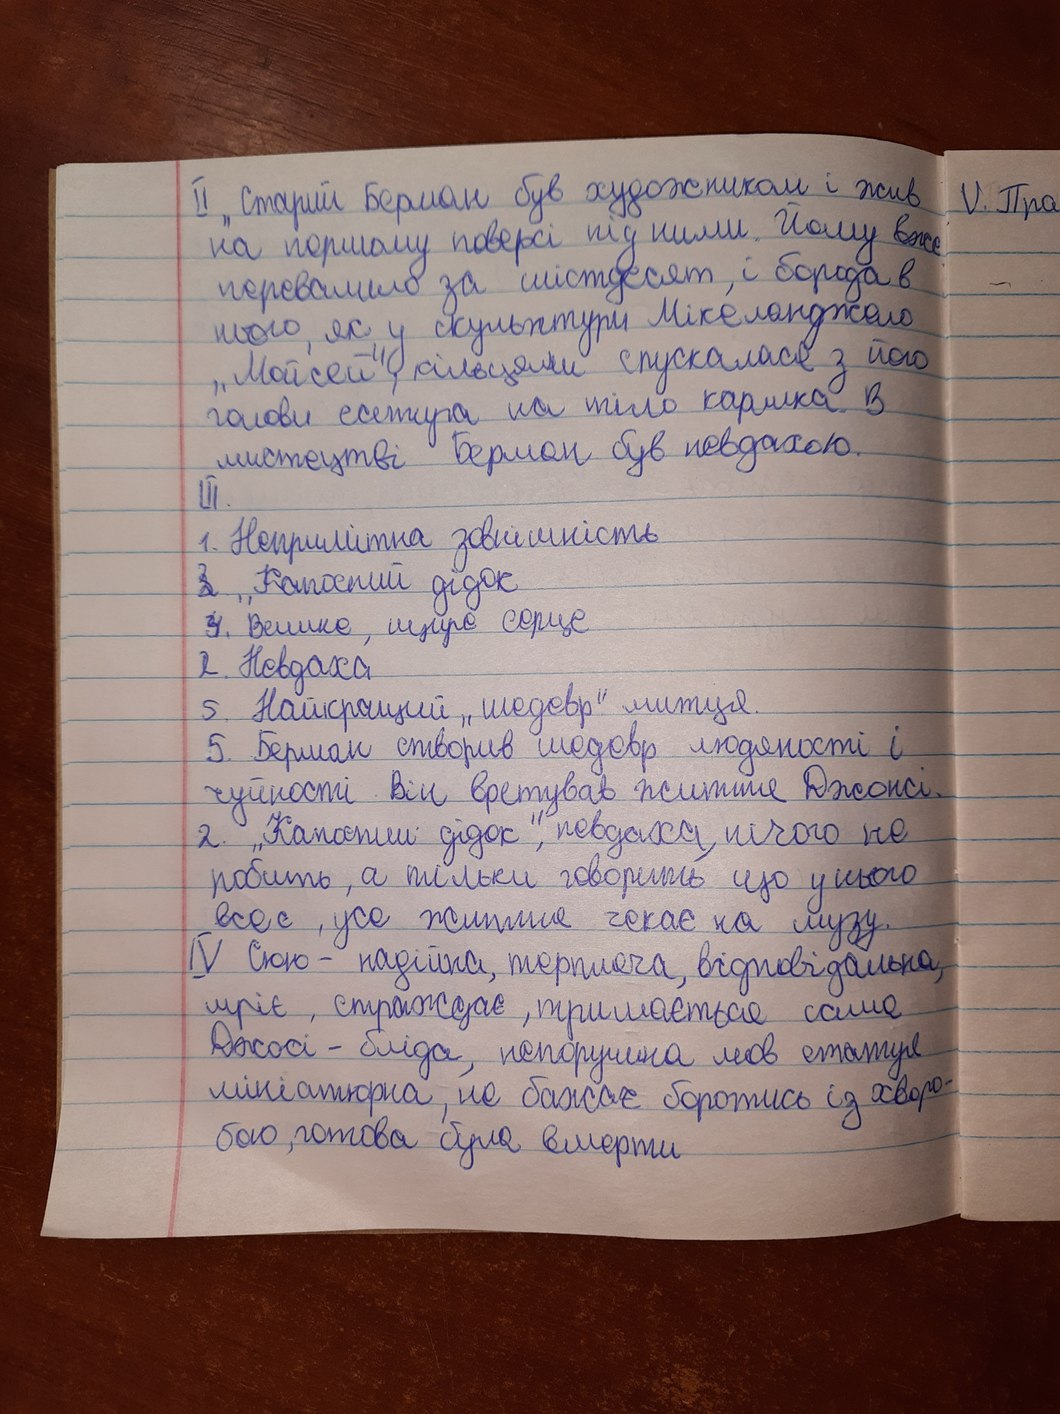
II „Старий Берман був художником і жив
IV. Пра
на першому поверсі під ними. Йому вже
перевалило за шістдесят і борода в
нього, як у скульптури Мікеланджело
"Мойсей", кільцями спусклася з його
голови есетира на тіло карлика. В
мистецтві Берман був невдахою.
III.
1. Непримітна зовнішність
~~2~~{3}. "Капосний дідок
~~3~~{4}. Велике, щире серце
я. Невдаха
5. Найкращий „шедевр“ митця.
5. Берман створив шедевр людяності і
чуйності. Він врятував життя Джонсі.
2. "Капосний дідок", невдаха, нічого не
робить, а тільки говорить, що у нього
все є, усе життя чекає на музу.
IV Сюю - надійна, терпляча, відповідальна,
мріє, страждає, тримається саме
Джосі - бліда, непорушна, мов статуя
мініатюрна, не бажає боротися з хворо-
бою, готова вмерти